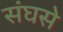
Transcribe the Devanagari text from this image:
संघसे